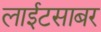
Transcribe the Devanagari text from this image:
लाईटसाबर